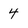
Character: 4